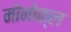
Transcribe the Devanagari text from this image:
मोनोक्ल